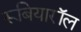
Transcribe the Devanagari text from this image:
रूबियारॉल